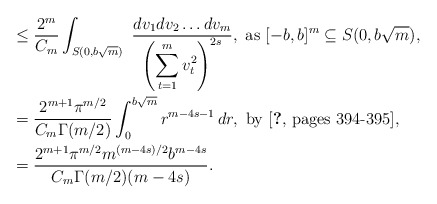
\begin{align*}&\le\frac{2^m}{C_m} \int_{S(0,b{\sqrt m})}\ \frac {dv_1dv_2\ldots dv_m}{\left(\displaystyle\sum_{t=1}^mv_t^2\right)^{2s}},\ {\rm as}\ [-b,b]^m\subseteq S(0,b{\sqrt m}),\\&=\frac{2^{m+1}\pi^{m/2}}{C_m\Gamma(m/2)}\int_0^{b{\sqrt m}}r^{m-4s-1}\,dr,\ \hbox{by\ \cite[pages 394-395]{stromberg1},}\\ &=\frac{2^{m+1} \pi^{m/2}m^{(m-4s)/2} b^{m-4s}}{C_m\Gamma(m/2)(m-4s)}.\end{align*}